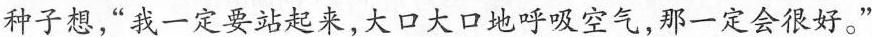
种子想，”我一定要站起来，大口大口地呼吸空气，那一定会很好。